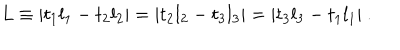
LaTeX: L \equiv | t _ { 1 } l _ { 1 } - t _ { 2 } l _ { 2 } | = | t _ { 2 } l _ { 2 } - t _ { 3 } l _ { 3 } | = | t _ { 3 } l _ { 3 } - t _ { 1 } l _ { 1 } | ~ .